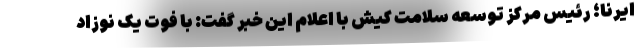
ایرنا؛ رئیس مرکز توسعه سلامت کیش با اعلام این خبر گفت: با فوت یک نوزاد